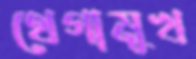
থেগামুখ